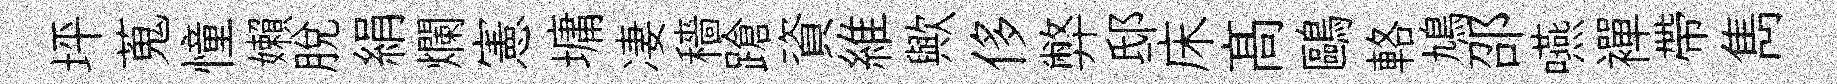
坪蒐憧嬾脱絹爛憲墉凄穡蹌資維歟侈弊邸床髙鷗輅鳩邵嚥襌帶雋